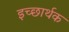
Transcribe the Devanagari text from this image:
इच्छार्थक